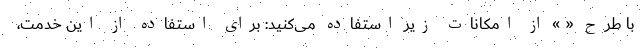
با طرح « » از امکانات زیر استفاده می‌کنید: برای استفاده از این خدمت،